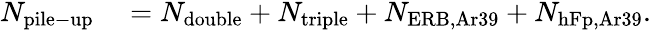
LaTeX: \begin{array}{rl}{N_{\mathrm{pile-up}}}&{{}=N_{\mathrm{double}}+N_{\mathrm{triple}}+N_{\mathrm{ERB,Ar39}}+N_{\mathrm{hFp,Ar39}}.}\end{array}